Vaccination in Bombay 1889-1901 - 1889-1901
Year: 1889
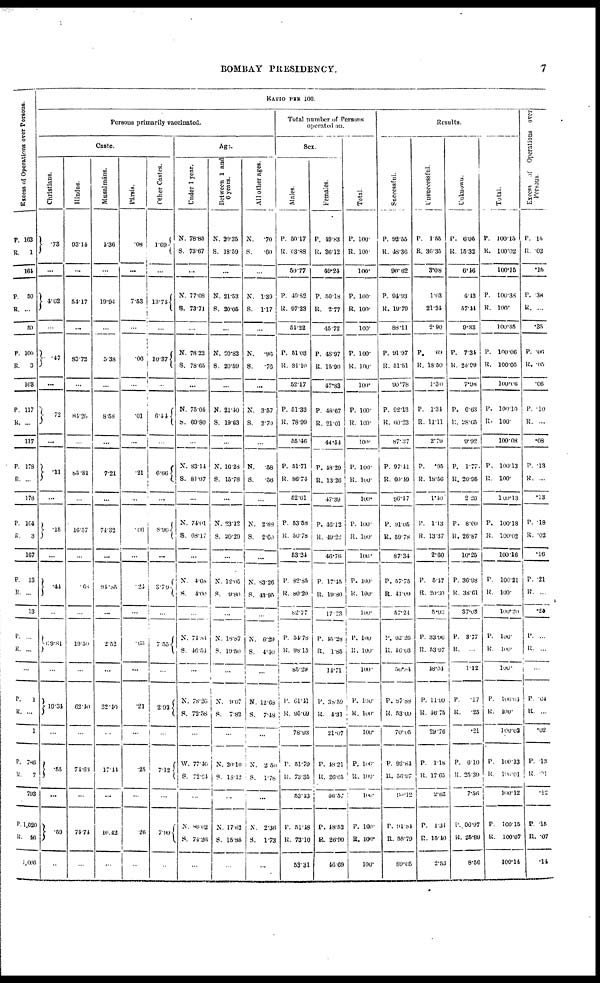
BOMBAY PRESIDENCY.
7
Excess of Operations over Persons.
P.
R.
163
1
164
P.
R.
50
...
50
P.
R.
100
3
103
P.
R.
117
...
117
P.
R.
178
...
178
P.
R.
164
3
167
P.
R.
13
...
13
P.
R.
...
...
...
P.
R.
1
...
1
P.
R.
786
7
793
P.
R.
1,020
46
1,066
RATIO PER
100.
Persons primarily vaccinated.
Caste.
Christians.
.73
...
4.62
...
.47
...
72
...
.11
...
15
...
.44
...
69.81
...
19.34
...
.55
...
.59
...
Hindus.
93.14
...
54.17
...
83.72
...
84.26
...
85.81
...
16.57
...
.68
...
19.50
...
62.40
...
74.63
...
74.74
...
Musalmáns.
4.36
...
19.94
...
5.38
...
8.58
...
7.21
...
74.32
...
94.85
...
2.52
...
32.40
...
17.44
...
16.42
...
Pársis.
.08
...
7.53
...
.06
...
.01
...
.21
...
.06
...
.24
...
.63
...
.21
...
.25
...
.26
...
Other Castes.
1.69
...
13.74
...
10.37
...
6.44
...
6.66
...
8.90
...
3.79
...
7.55
...
2.92
...
7.12
...
7.99
...
Age.
Under 1 year.
N.
S.
78.85
73.67
...
N.
S.
77.08
73.71
...
N.
S.
78.22
78.65
...
N.
S.
75.04
69.80
...
N.
S.
83.14
81.07
...
N.
S.
74.01
68.17
...
N.
S.
4.68
4.00
...
N.
S.
71.84
46.54
...
N.
S.
78.26
72.58
...
W.
S.
77.40
72.61
...
N.
S.
80.02
74.26
...
Between 1 and
6 years.
N.
S.
20.35
18.59
...
N.
S.
21.53
20.05
...
N.
S.
20.82
20.59
...
N.
S.
21.10
1963
...
N.
S.
16.28
15.78
...
N
S.
23.12
20.29
...
N.
S.
12.05
9.80
...
N.
S.
18.87
19.50
...
N.
S.
9.67
7.82
...
N.
S.
20.10
18.42
...
N.
S.
17.62
15.85
...
All other ages.
N.
S.
.70
.60
...
N.
S.
1.39
1.17
...
N.
S.
.96
.76
...
N.
S.
3.57
2.70
...
N.
S.
.58
.56
...
N.
S.
2.88
2.60
...
N.
S.
83.26
43.95
...
N.
S.
6.29
4.40
...
N.
S.
12.68
7.48
...
N
S.
2.50
1.78
...
N.
S.
2.36
1.73
...
Total number of Persons
operated on.
Sex.
Males.
P.
R.
50 17
63.88
50.77
P.
R.
49.82
97.23
54.22
P.
R.
51.03
84.10
52.17
P.
R.
51.33
78.99
55.46
P.
R.
51.71
86.74
52.61
P.
R.
53.58
50.78
53.21
P.
R.
82.85
80.20
82.77
P.
R.
51.78
98.15
85.29
P.
R.
61.41
95.69
78.93
P.
R.
51.79
73.35
53.43
P.
R.
51.48
73.10
53.31
Females.
P.
R.
49.83
36.12
49.21
P.
R.
50.18
2.77
45.72
P.
R.
48.97
15.90
47.83
P.
R.
48.67
21.01
44.54
P.
R.
48.29
13.26
47.39
P.
R.
46.12
49.22
46.76
P.
R.
17.45
19.80
17.23
P.
R.
45.28
1.85
14.71
P.
R.
38.59
4.31
21.07
P.
R.
48.21
26.65
46.57
P.
R.
48.52
26.90
46.69
Total.
P.
R.
100
100.
100
P.
R.
100.
100.
100.
P.
R.
100.
100.
100.
P.
R.
100.
100.
100.
P.
R.
100.
100.
100.
P.
R.
100.
100.
100.
P.
R.
100.
100.
100.
P.
R.
100.
100.
100.
P.
R.
100.
100.
100.
P.
R.
100.
100.
100.
P.
R.
100.
100.
100.
Results.
Successful.
P.
R.
92.55
48.36
90.62
P.
R.
94.93
19.79
88.11
P.
R.
91.97
51.51
90.78
P.
R.
92.13
60.23
87.37
P.
R.
97.11
60.49
96.47
P.
R.
91.05
59.78
87.34
P.
R.
57.75
41.09
57.24
P.
R.
62.26
46.03
50.84
P.
R.
87.88
53.00
70.05
P.
R.
92.81
56.97
90.12
P.
R.
91.84
58.79
89.05
Unsuccessful.
P.
R.
1.55
36.35
3.08
1.03
21.24
2.90
P.
R.
69
1850
1.30
P.
R.
1.31
11.11
2.79
P.
R.
.95
18.56
1.40
P.
R.
1.13
13.37
2.00
P.
R.
5.47
20.30
5.93
P.
R.
33.96
53.97
48.04
P.
R.
11.99
46.75
29.76
P.
R.
1.18
17.65
2.63
P.
R.
1.31
15.40
2.53
Unknown.
P.
R.
6.05
15.32
6.46
4.43
57. 44
9.33
P.
R.
7.34
25.99
7.98
P.
R.
6.63
28.65
9.92
P.
R.
1.77
20.95
2.26
P.
R.
8.00
26.87
10.25
P.
R.
36.98
38.61
37.08
P.
R.
3.77
...
1.12
P.
R.
.17
.25
.21
P.
R.
6.10
25.39
7.56
P.
R.
06.97
25.89
8.56
Total.
P.
R.
100.15
100.02
100.15
P.
R.
100.38
100
100.35
P.
R.
100.06
100.05
100.06
P.
R.
100.10
100.
100.08
P.
R.
100.13
100.
100.13
P.
R.
100.18
100.02
100.16
P.
R.
100.21
100.
100.20
P.
R.
100.
100.
100.
P.
R.
100.04
100.
100.03
P.
R.
100.13
100.01
100.12
P.
R.
100.15
100.07
100.14
Excess of Operations over
persons.
P.
R.
15
02
.15
P.
R.
38
...
.35
P.
R.
.06
.05
.06
P.
R.
.10
...
.08
P.
R.
13
...
.13
P.
R.
.18
.02
.16
P.
R.
.21
...
.20
P.
R.
...
...
...
P.
R.
.04
...
.02
P.
R.
.13
.01
.12
P.
R.
.15
.07
.14